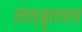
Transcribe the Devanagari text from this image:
संस्कॄतचाच